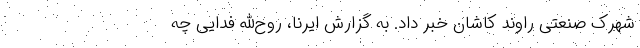
شهرک صنعتی راوند کاشان خبر داد. به گزارش ایرنا، روح‌الله فدایی چه